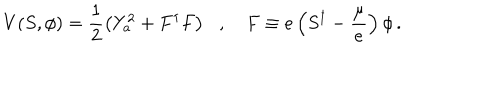
V ( S , \phi ) = \frac { 1 } { 2 } \left( Y _ { a } ^ { 2 } + F ^ { \dagger } F \right) \, \, \, \, , \, \, \, \, \, \, F \equiv e \left( S ^ { \dagger } - \frac { \mu } { e } \right) \phi \, .